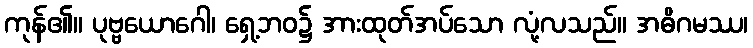
ကုန်၏။ ပုဗ္ဗယောဂေါ၊ ရှေ့ဘဝ၌ အားထုတ်အပ်သော လုံ့လသည်။ အဓိဂမဿ၊